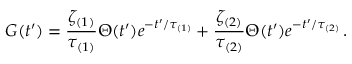
G ( t ^ { \prime } ) = \frac { \zeta _ { ( 1 ) } } { \tau _ { ( 1 ) } } \Theta ( t ^ { \prime } ) e ^ { - t ^ { \prime } / \tau _ { ( 1 ) } } + \frac { \zeta _ { ( 2 ) } } { \tau _ { ( 2 ) } } \Theta ( t ^ { \prime } ) e ^ { - t ^ { \prime } / \tau _ { ( 2 ) } } \, .